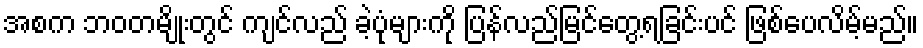
အစက ဘဝတမျိုးတွင် ကျင်လည် ခဲ့ပုံများကို ပြန်လည်မြင်တွေ့ရခြင်းပင် ဖြစ်ပေလိမ့်မည်။